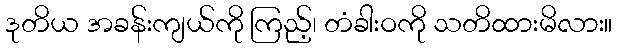
ဒုတိယ အခန်းကျယ်ကို ကြည့်၊ တံခါးဝကို သတိထားမိလား။